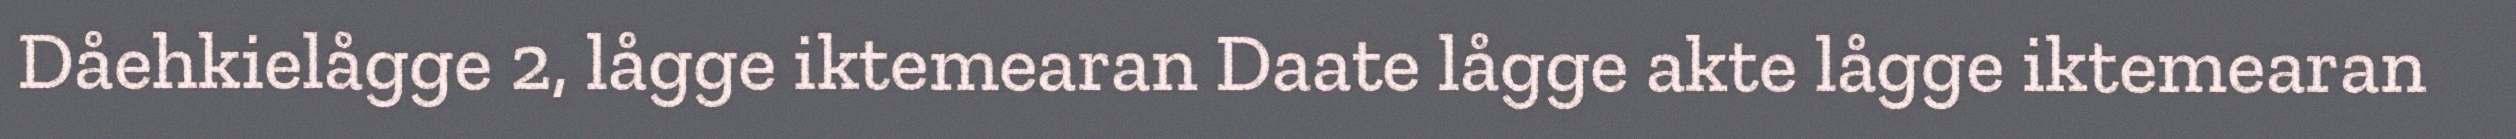
Dåehkielågge 2, lågge iktemearan Daate lågge akte lågge iktemearan